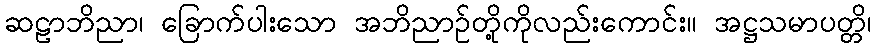
ဆဠာဘိညာ၊ ခြောက်ပါးသော အဘိညာဉ်တို့ကိုလည်းကောင်း။ အဋ္ဌသမာပတ္တိ၊